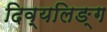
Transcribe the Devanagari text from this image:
दिव्यलिङ्ग